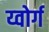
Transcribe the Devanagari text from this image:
य्वोर्ग